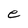
Character: e